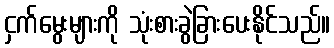
ငှက်မွေးများကို သုံးစားခွဲခြားပေးနိုင်သည်။